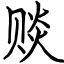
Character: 赕